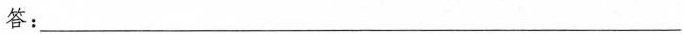
答:___